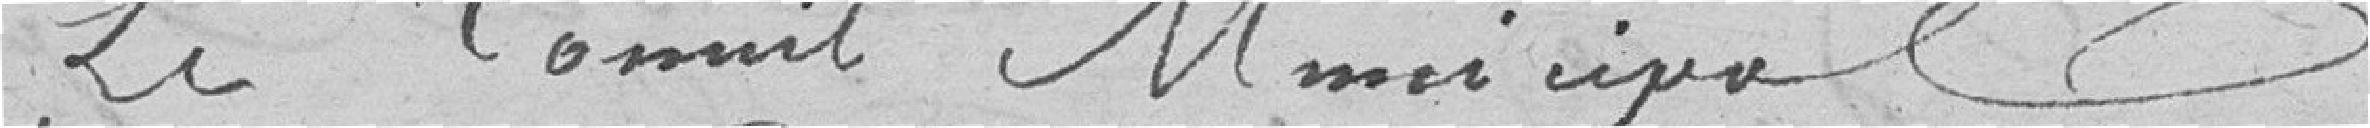
Le Conseil Municipal